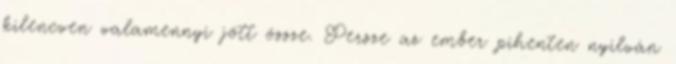
kilencven valamennyi jött össze. Persze az ember pihenten nyilván